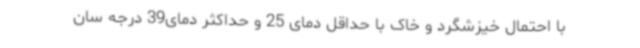
با احتمال خیزشگرد و خاک با حداقل دمای 25 و حداکثر دمای39 درجه سان